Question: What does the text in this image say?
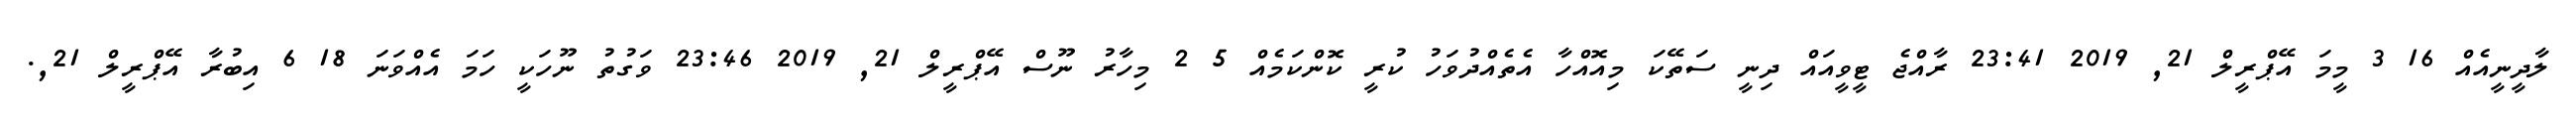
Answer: ލާދީނީއެއް 16 3 މީމަ އޭޕްރީލް 21, 2019 23:41 ރާއްޖެ ޓީވީއައް ދިނީ ސަތޭކަ މިއޮއްހާ އެތެއްދުވަހު ކުރީ ކޮންކަމެއް 5 2 މިހާރު ނޫސް އޭޕްރީލް 21, 2019 23:46 ވަގުތު ނޫހަކީ ހަމަ އެއްވަނަ 18 6 އިބުރާ އޭޕްރީލް 21,.